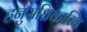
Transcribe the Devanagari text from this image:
हनुसंधिकास्थि